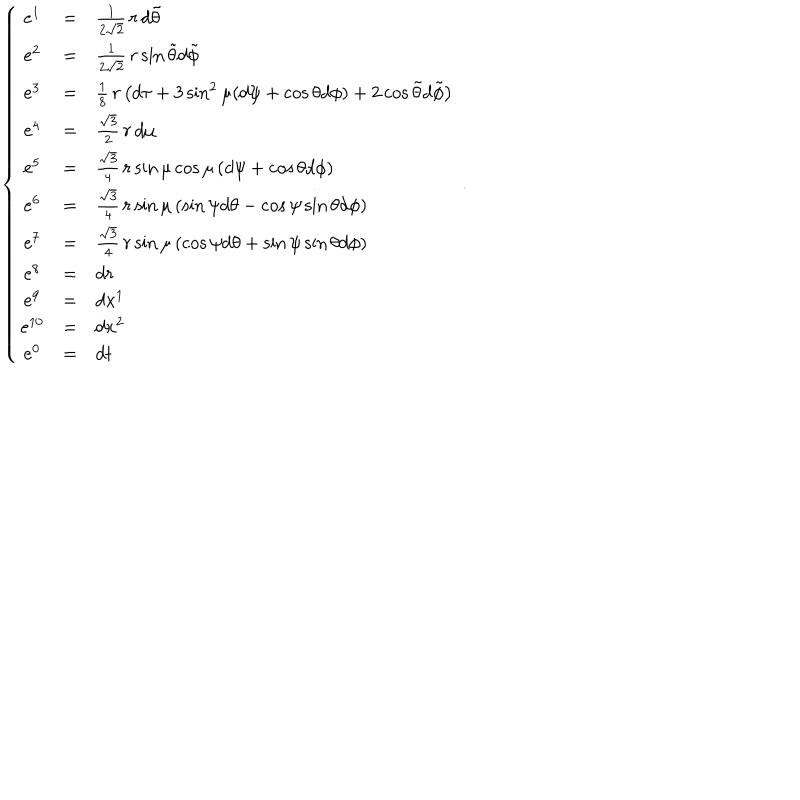
LaTeX: \left\{ \begin{array} { c c l } { { e ^ { 1 } } } & { { = } } & { { \frac { 1 } { 2 \sqrt 2 } \, r \, d \tilde { \theta } } } \\ { { e ^ { 2 } } } & { { = } } & { { \frac { 1 } { 2 \sqrt 2 } \, r \sin \tilde { \theta } d \tilde { \phi } } } \\ { { e ^ { 3 } } } & { { = } } & { { \frac { 1 } { 8 } \, r \left( d \tau + 3 \sin ^ { 2 } \mu ( d \psi + \cos \theta d \phi ) + 2 \cos \tilde { \theta } d \tilde { \phi } \right) } } \\ { { e ^ { 4 } } } & { { = } } & { { \frac { \sqrt 3 } { 2 } \, r \, d \mu } } \\ { { e ^ { 5 } } } & { { = } } & { { \frac { \sqrt 3 } { 4 } \, r \sin \mu \cos \mu \left( d \psi + \cos \theta d \phi \right) } } \\ { { e ^ { 6 } } } & { { = } } & { { \frac { \sqrt 3 } { 4 } \, r \sin \mu \left( \sin \psi d \theta - \cos \psi \sin \theta d \phi \right) } } \\ { { e ^ { 7 } } } & { { = } } & { { \frac { \sqrt 3 } { 4 } \, r \sin \mu \left( \cos \psi d \theta + \sin \psi \sin \theta d \phi \right) } } \\ { { e ^ { 8 } } } & { { = } } & { { d r } } \\ { { e ^ { 9 } } } & { { = } } & { { d x ^ { 1 } } } \\ { { e ^ { 1 0 } } } & { { = } } & { { d x ^ { 2 } } } \\ { { e ^ { 0 } } } & { { = } } & { { d t } } \\ \end{array} \right. \, .